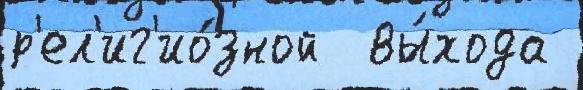
р'ел'иг'ио́зной  вы́хода